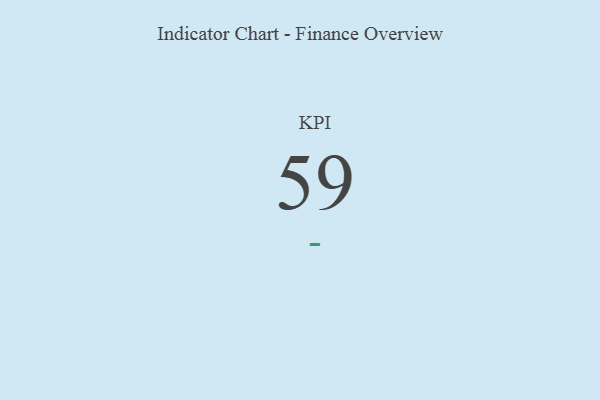
{"axis": {"x": "KPI", "y": "Value"}, "legend": [""], "data": [{"x": "KPI", "y": 59, "type": ""}]}